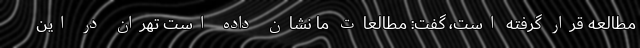
مطالعه قرار گرفته است، گفت: مطالعات ما نشان داده است تهران در این